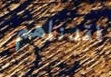
فقدناهم